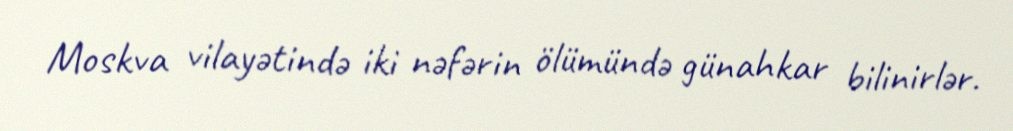
Moskva vilayətində iki nəfərin ölümündə günahkar bilinirlər.